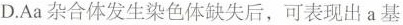
D.Aa杂合体发生染色体缺失后，可表现出a基